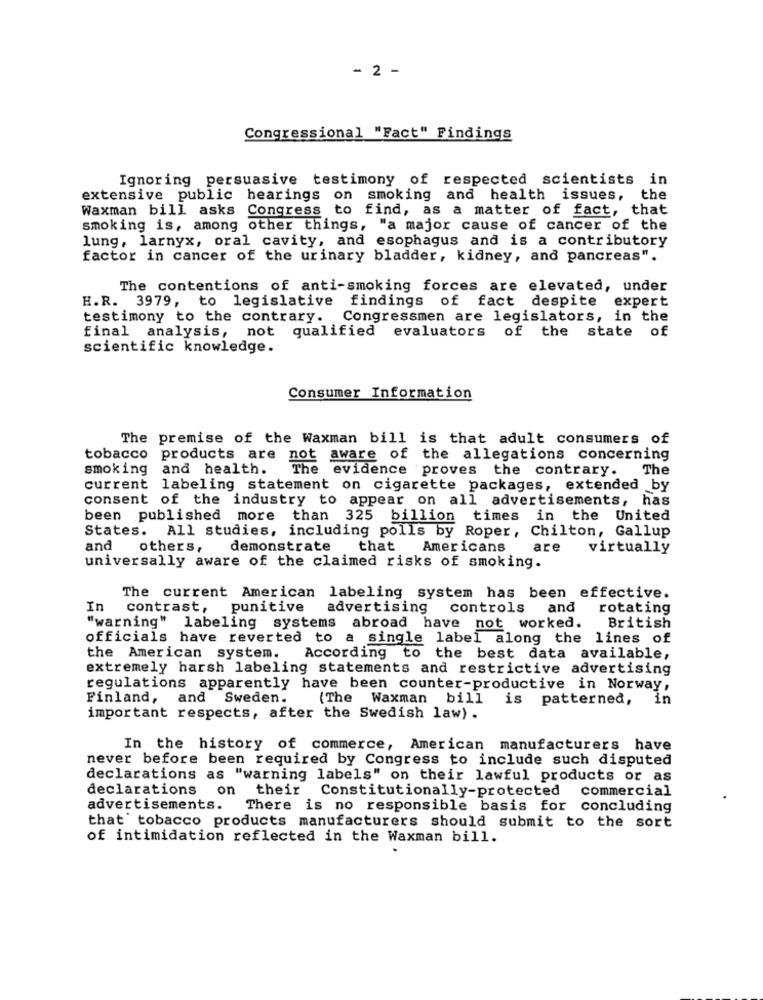
- 2 -
Congressional "Fact" Findings
Ignoring persuasive testimony of respected scientists in
extensive public hearings on smoking
and health issues, the
Waxman bill asks Congress to find, as a matter of fact, that
smoking is, among other things, "a major cause of cancer of the
lung, larnyx, oral cavity, and esophagus and is a contributory
factor in cancer of the urinary bladder, kidney, and pancreas".
The contentions of anti-smoking forces are elevated, under
H.R. 3979, to legislative findings of fact despite expert
testimony to the contrary. Congressmen are legislators, in the
final analysis, not qualified evaluators of the state of
scientific knowledge.
Consumer Information
The premise of the Waxman bill is that adult consumers of
tobacco products are
not aware of the allegations concerning
smoking and health.
The evidence proves the contrary.
The
current labeling statement on cigarette packages, extended by
consent of the industry to appear on all advertisements, has
been published more than 325 billion times in the United
States. All studies, including polls by Roper, Chilton, Gallup
and
others,
demonstrate
that
Americans
are
virtually
universally aware of the claimed risks of smoking.
The current American labeling system has been effective.
In
contrast, punitive
advertising controls and
rotating
"warning" labeling systems abroad have not worked.
British
officials have reverted to a single label along the lines of
the American system.
According to the best data available,
extremely harsh labeling statements and restrictive advertising
regulations apparently have been counter-productive in Norway,
Finland, and Sweden.
(The Waxman bill
is patterned, in
important respects, after the Swedish law).
In the history of commerce, American manufacturers have
never before been required by Congress to include such disputed
declarations as "warning labels" on their lawful products or as
declarations on their
Constitutionally-protected commercial
advertisements.
There is no responsible basis for concluding
that' tobacco products manufacturers should submit to the sort
of intimidation reflected in the Waxman bill.